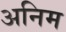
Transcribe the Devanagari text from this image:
अनिम